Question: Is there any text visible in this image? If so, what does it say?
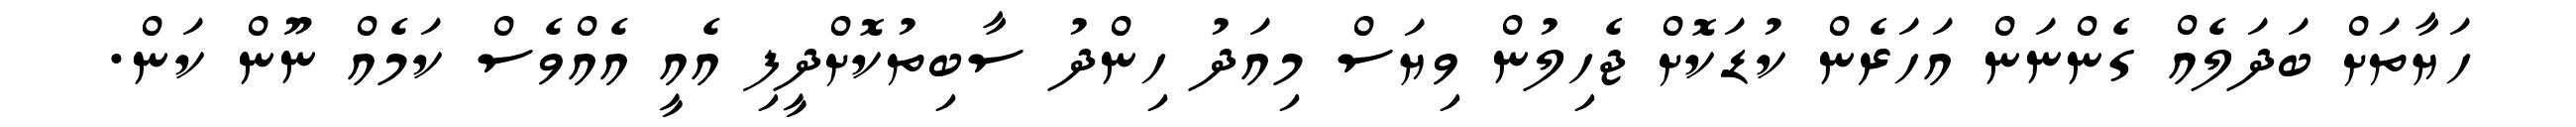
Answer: ހަޔާތަށް ބަދަލެއް ގެންނަން އަހަރެން ކުޑަކޮށް ޖެހިލުން ވިޔަސް މިއަދު ހިންދު ސާބިތުކޮށްދީފި އެއީ އެއްވެސް ކަމެއް ނޫން ކަން.